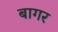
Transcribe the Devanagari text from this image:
बागर